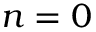
n = 0